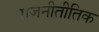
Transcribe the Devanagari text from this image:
राजनीतीतिक